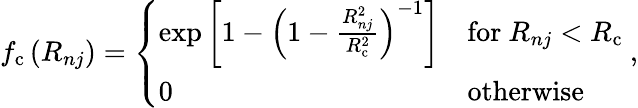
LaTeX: \begin{array}{r}{f_{\mathrm{c}}\left(R_{nj}\right)=\left\{ \begin{array}{ll}{\exp\left[1-\left(1-\frac{R_{nj}^{2}}{R_{\mathrm{c}}^{2}}\right)^{-1}\right]}&{\mathrm{for}\ R_{nj}<R_{\mathrm{c}}}\\ {0}&{\mathrm{otherwise}}\end{array}\right.\ ,}\end{array}